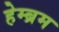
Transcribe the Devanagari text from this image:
हेम्‍ब्रम